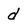
Character: d